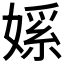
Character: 𫱘